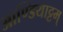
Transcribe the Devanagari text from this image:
आण्डियाट्टम्